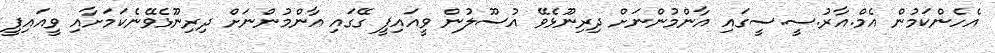
އެހެންކަމުން އެމް.އާރު.ސީ.ސީގައި އާންމުންނަށް ދިރިނޫޅެވޭ އުސޫލުން ވީއައިޕީ ގޭގައި އާންމުންނަށް ދިރިނޫޅެވޭނެކަމަށާއި ވީއައިޕީ